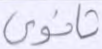
ثانوي